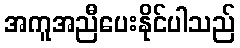
အကူအညီပေးနိုင်ပါသည်